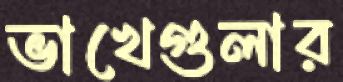
ভাখেগুলার